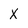
Character: X